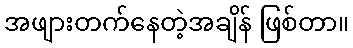
အဖျားတက်နေတဲ့အချိန် ဖြစ်တာ။